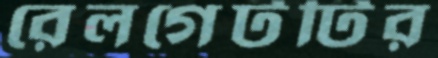
রেলগেটটির